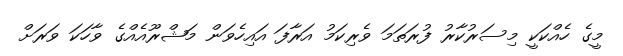
މީގެ ހެއްކަކީ މިސަރުކާރު ފުރަތަމަ ވެރިކަމު އަރާފަ އައިހެވަން މަޝްރޫއެއްގެ ވާހަކަ ވަރަށް